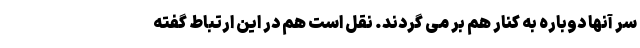
سر آنها دوباره به کنار هم بر می گردند. نقل است هم در این ارتباط گفته